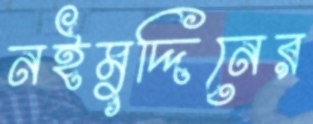
নইমুদ্দিনের